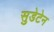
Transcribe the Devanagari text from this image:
सुडेटेन